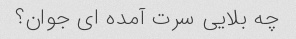
چه بلایی سرت آمده ای جوان؟